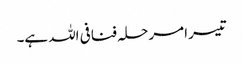
تیسرا مرحلہ فنافی اللہ ہے۔